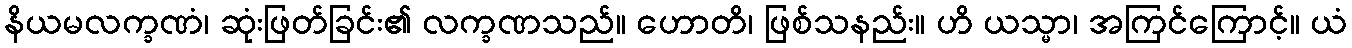
နိယမလက္ခဏံ၊ ဆုံးဖြတ်ခြင်း၏ လက္ခဏသည်။ ဟောတိ၊ ဖြစ်သနည်း။ ဟိ ယသ္မာ၊ အကြင်ကြောင့်။ ယံ